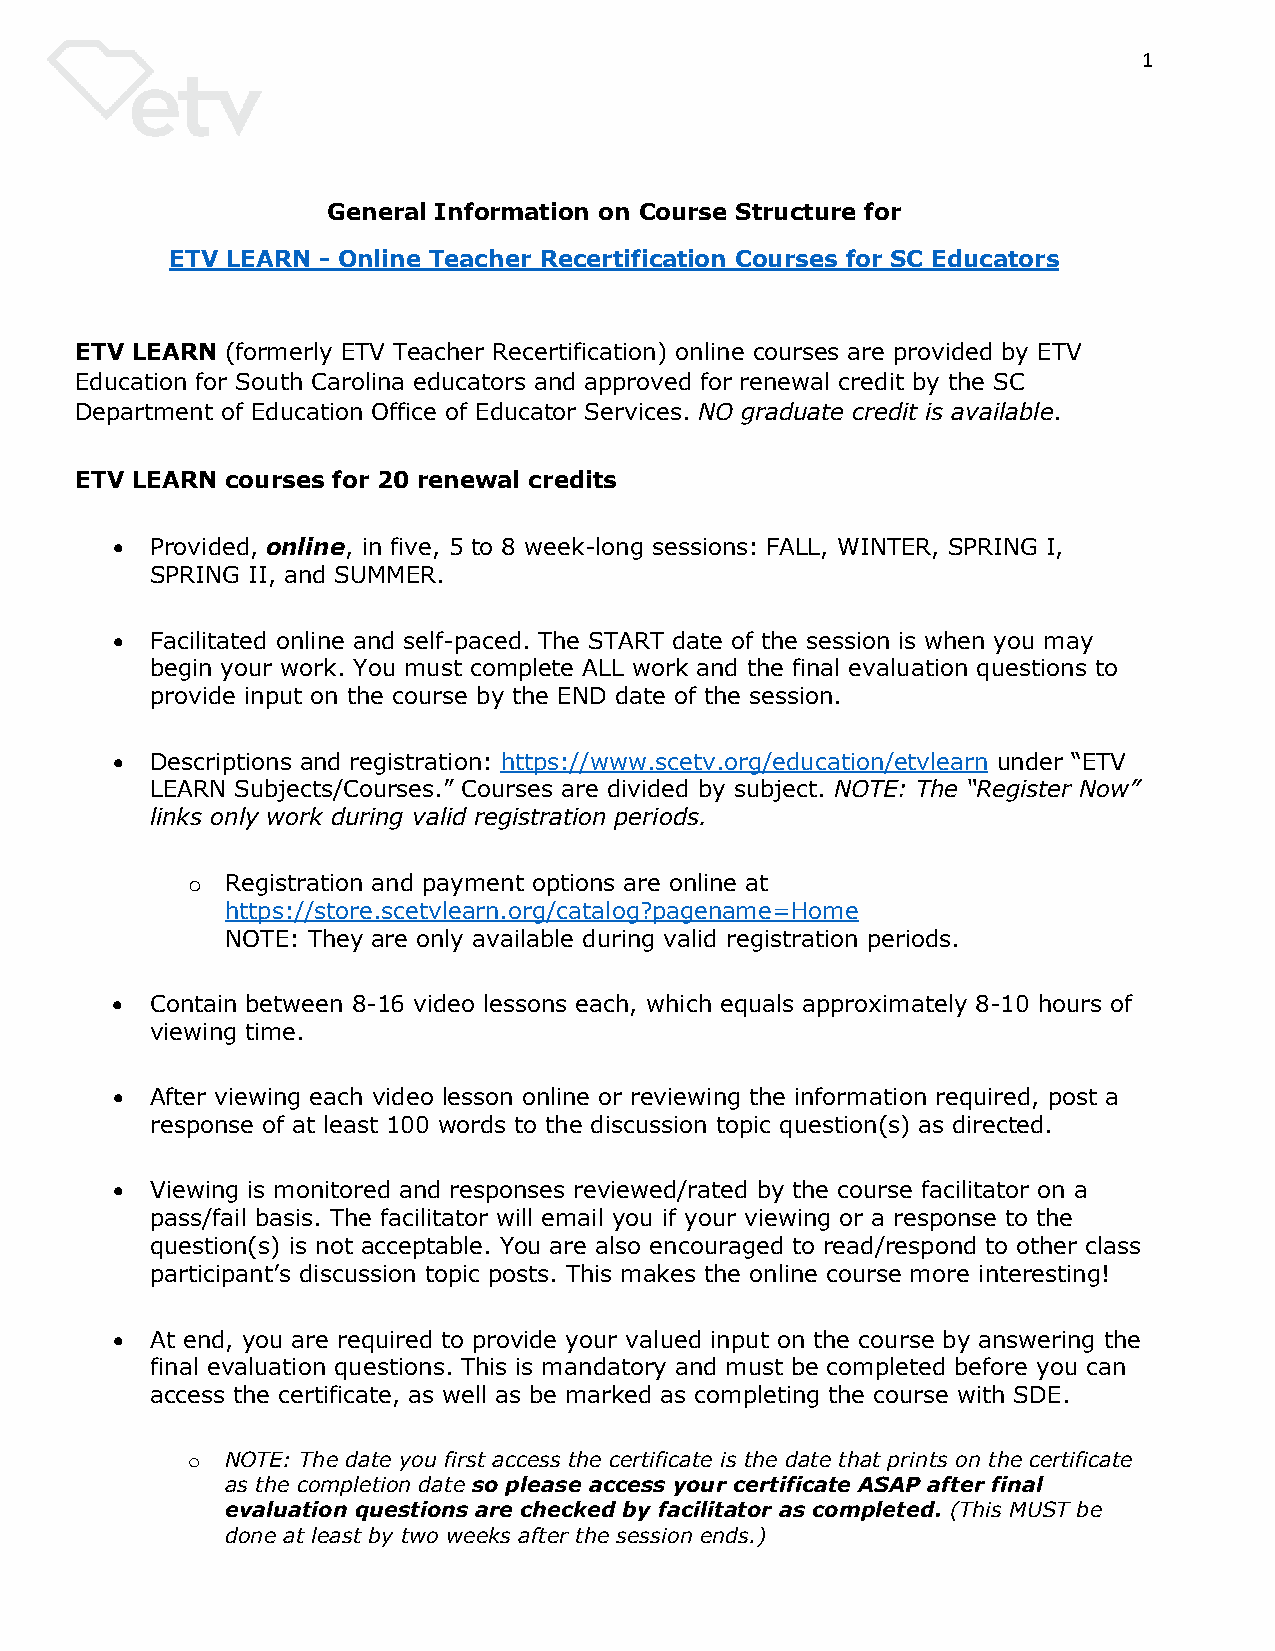
1
 General Information on Course Structure for
 ETV LEARN - Online Teacher Recertification Courses for SC Educators
 ETV LEARN (formerly ETV Teacher Recertification) online courses are provided by ETV
 Education for South Carolina educators and approved for renewal credit by the SC
 Department of Education Office of Educator Services. NO graduate credit is available.
 ETV LEARN courses for 20 renewal credits
 •  Provided, online, in five, 5 to 8 week-long sessions: FALL, WINTER, SPRING I,
 SPRING II, and SUMMER.
 •  Facilitated online and self-paced. The START date of the session is when you may
 begin your work. You must complete ALL work and the final evaluation questions to
 provide input on the course by the END date of the session.
 •  Descriptions and registration: https://www.scetv.org/education/etvlearn under “ETV
 LEARN Subjects/Courses.” Courses are divided by subject. NOTE: The “Register Now”
 links only work during valid registration periods.
 Registration and payment options are online at
 o
 https://store.scetvlearn.org/catalog?pagename=Home
 NOTE: They are only available during valid registration periods.
 •  Contain between 8-16 video lessons each, which equals approximately 8-10 hours of
 viewing time.
 •  After viewing each video lesson online or reviewing the information required, post a
 response of at least 100 words to the discussion topic question(s) as directed.
 •  Viewing is monitored and responses reviewed/rated by the course facilitator on a
 pass/fail basis. The facilitator will email you if your viewing or a response to the
 question(s) is not acceptable. You are also encouraged to read/respond to other class
 participant’s discussion topic posts. This makes the online course more interesting!
 •  At end, you are required to provide your valued input on the course by answering the
 final evaluation questions. This is mandatory and must be completed before you can
 access the certificate, as well as be marked as completing the course with SDE.
 NOTE: The date you first access the certificate is the date that prints on the certificate
 o
 as the completion date so please access your certificate ASAP after final
 evaluation questions are checked by facilitator as completed. (This MUST be
 done at least by two weeks after the session ends.)